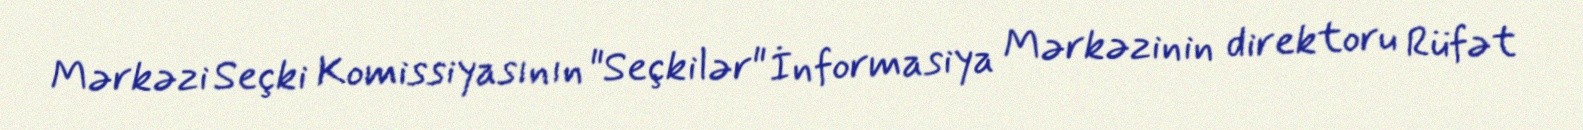
Mərkəzi Seçki Komissiyasının "Seçkilər" İnformasiya Mərkəzinin direktoru Rüfət